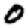
Digit: 0